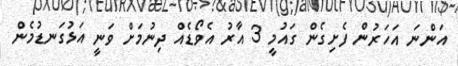
އަންނަ އަހަރުން ފެށިގެން ގައުމީ 3 އާރު އެވޯޑެއް ދިނުމަށް ވަނީ އަޅުގަނޑުމެން